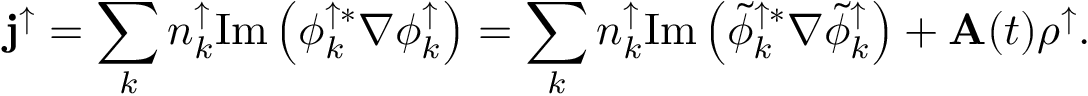
{ \bf j } ^ { \uparrow } = \sum _ { k } { n _ { k } ^ { \uparrow } \mathrm { I m } \left( \phi _ { k } ^ { \uparrow * } \nabla \phi _ { k } ^ { \uparrow } \right) } = \sum _ { k } { n _ { k } ^ { \uparrow } \mathrm { I m } \left( \tilde { \phi } _ { k } ^ { \uparrow * } \nabla \tilde { \phi } _ { k } ^ { \uparrow } \right) } + { \bf A } ( t ) \rho ^ { \uparrow } .